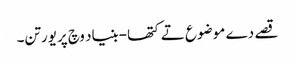
قصے دے موضوع تے کتھا-بنیاد وچ پریورتن۔